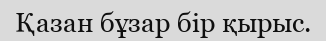
Қазан бұзар бір қырыс.